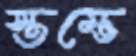
স্তম্ভে